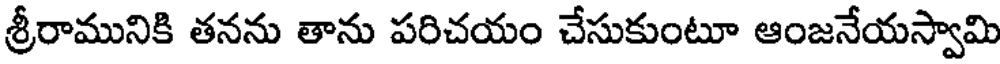
శ్రీరామునికి తనను తాను పరిచయం చేసుకుంటూ ఆంజనేయస్వామి